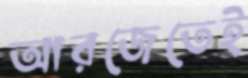
আরজেতেই